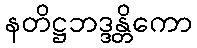
နတိဋ္ဌဘဒ္ဒန္တိကော